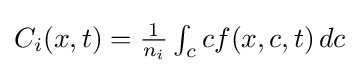
{\textstyle C_{i}(x,t)={\frac {1}{n_{i}}}\int _{c}cf(x,c,t)\,dc}